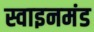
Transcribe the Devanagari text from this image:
स्वाइनमंड